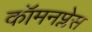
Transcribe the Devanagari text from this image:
कॉमनप्लेस